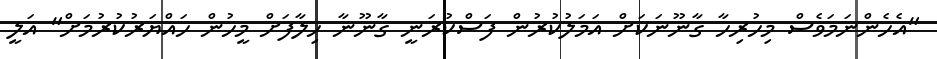
"އެހެންނަމަވެސް މިހުރިހާ ގާނޫނަކަށް އަމަލުކުރުން ފަސްކުރަނީ ގާނޫނާ ހިލާފަށް މީހުން ހައްޔަރުކުރުމަށް" އަލީ